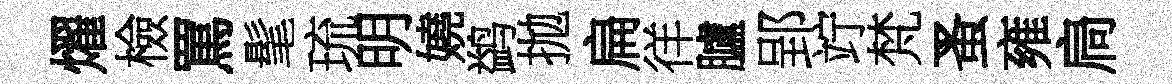
燿檢罵髦琉明嬈鹢拋扁徉臚郢竚梵蚤雍扃